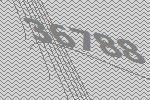
36788